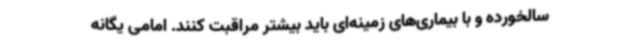
سالخورده و با بیماری‌های زمینه‌ای باید بیشتر مراقبت کنند. امامی یگانه